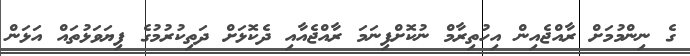
ގެ ނިންމުމަށް ރާއްޖެއިން އިހުތިރާމް ނުކޮށްފިނަމަ ރާއްޖެއާއި ދެކޮޅަށް ދަތިކުރުމުގެ ފިޔަވަޅުތައް އަޅަން